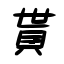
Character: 貰